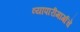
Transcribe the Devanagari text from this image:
व्यापारीमार्गाचे